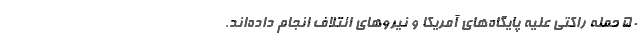
۵۰ حمله راکتی علیه پایگاه‌های آمریکا و نیروهای ائتلاف انجام داده‌اند.